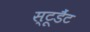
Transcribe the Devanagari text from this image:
स्टूडैंट